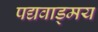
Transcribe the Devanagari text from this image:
पद्यवाड्मय